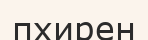
пхирен